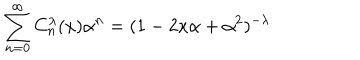
LaTeX: \sum _ { n = 0 } ^ { \infty } C _ { n } ^ { \lambda } ( x ) \alpha ^ { n } = ( 1 - 2 x \alpha + \alpha ^ { 2 } ) ^ { - \lambda }